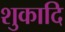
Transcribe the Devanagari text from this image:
शुकादि